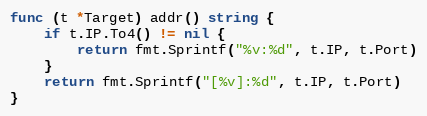
Language: Go
func (t *Target) addr() string {
	if t.IP.To4() != nil {
		return fmt.Sprintf("%v:%d", t.IP, t.Port)
	}
	return fmt.Sprintf("[%v]:%d", t.IP, t.Port)
}